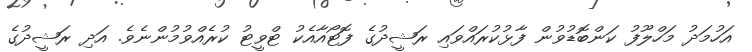
އަހުމަދު މަހްލޫފު ކަންބޮޑުވުން ފާޅުކުރައްވައި ރަޝީދުގެ ފޮޓޯއާއެކު ޓްވީޓު ކުރެއްވުމުންނެވެ. އަދި ރަޝީދުގެ